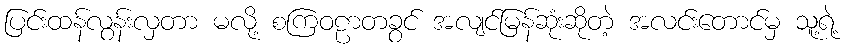
ပြင်းထန်လွန်းလှတာ မလို့ စကြဝဠာတခွင် အလျင်မြန်ဆုံးဆိုတဲ့ အလင်းတောင်မှ သူ့ရဲ့